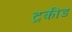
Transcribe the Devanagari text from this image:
ट्रकीड